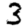
Digit: 3